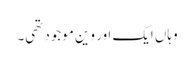
وہاں ایک اور وین موجود تھی۔